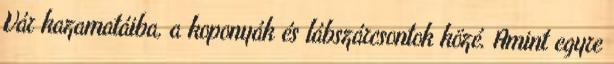
Vár kazamatáiba, a koponyák és lábszárcsontok közé. Amint egy­re